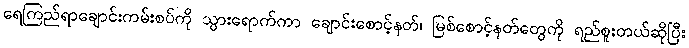
ရေကြည်ရာချောင်းကမ်းစပ်ကို သွားရောက်ကာ ချောင်းစောင့်နတ်၊ မြစ်စောင့်နတ်တွေကို ရည်စူးတယ်ဆိုပြီး